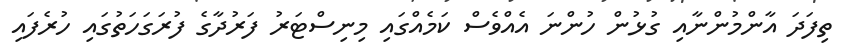
ތިފަދަ އާންމުންނާއި ގުޅުން ހުންނަ އެއްވެސް ކަމެއްގައި މިނިސްޓަރު ފަރުދާގެ ފުރަގަހަތުގައި ހުރެފައި